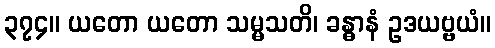
၃၇၄။ ယတော ယတော သမ္မသတိ၊ ခန္ဓာနံ ဥဒယဗ္ဗယံ။